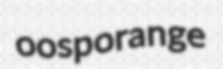
oosporange